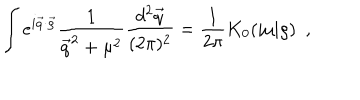
LaTeX: \int e ^ { i \vec { q } \cdot \vec { \varrho } } \frac { 1 } { \vec { q } ^ { 2 } + \mu ^ { 2 } } \frac { d ^ { 2 } \vec { q } } { ( 2 \pi ) ^ { 2 } } = \frac { 1 } { 2 \pi } K _ { 0 } ( | \mu | \varrho ) ~ ~ ,